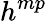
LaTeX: h^{mp}